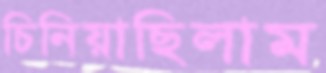
চিনিয়াছিলাম